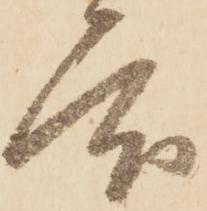
度